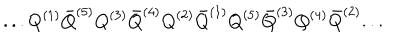
. . . Q ^ { ( 1 ) } { \bar { Q } } ^ { ( 5 ) } Q ^ { ( 3 ) } { \bar { Q } } ^ { ( 4 ) } Q ^ { ( 2 ) } { \bar { Q } } ^ { ( 1 ) } Q ^ { ( 5 ) } { \bar { Q } } ^ { ( 3 ) } Q ^ { ( 4 ) } { \bar { Q } } ^ { ( 2 ) } . . .